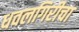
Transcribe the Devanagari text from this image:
धवलगिरीचा